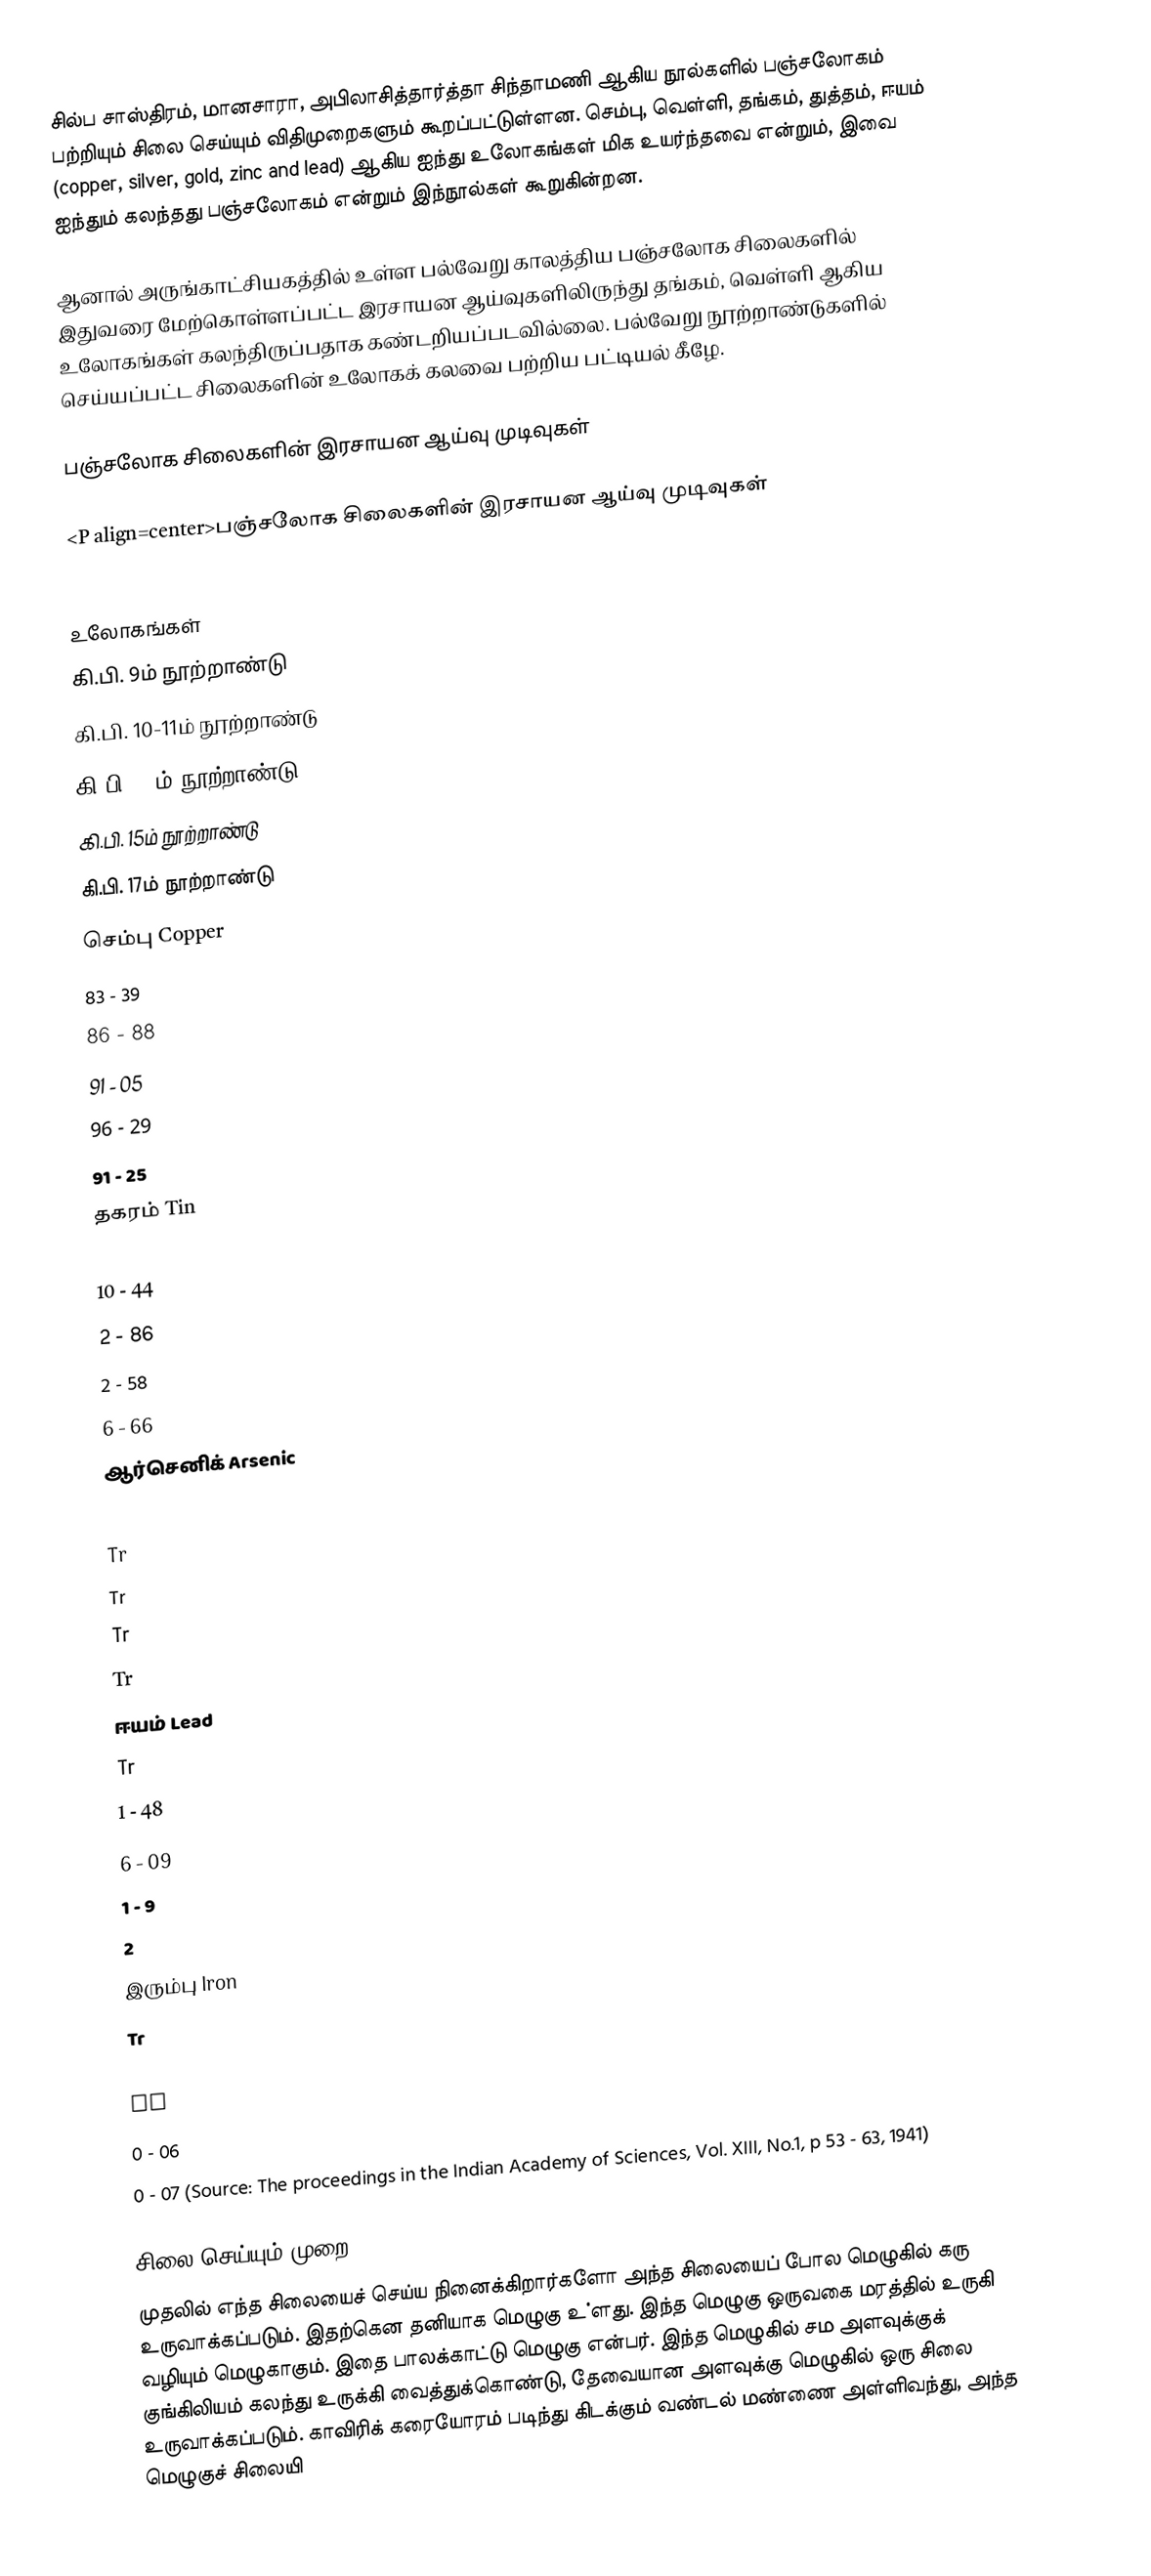
சில்ப சாஸ்திரம், மானசாரா, அபிலாசித்தார்த்தா சிந்தாமணி ஆகிய நூல்களில் பஞ்சலோகம் பற்றியும் சிலை செய்யும் விதிமுறைகளும் கூறப்பட்டுள்ளன. செம்பு, வெள்ளி, தங்கம், துத்தம், ஈயம் (copper, silver, gold, zinc and lead) ஆகிய ஐந்து உலோகங்கள் மிக உயர்ந்தவை என்றும், இவை ஐந்தும் கலந்தது பஞ்சலோகம் என்றும் இந்நூல்கள் கூறுகின்றன.

ஆனால் அருங்காட்சியகத்தில் உள்ள பல்வேறு காலத்திய பஞ்சலோக சிலைகளில் இதுவரை மேற்கொள்ளப்பட்ட இரசாயன ஆய்வுகளிலிருந்து தங்கம், வெள்ளி ஆகிய உலோகங்கள் கலந்திருப்பதாக கண்டறியப்படவில்லை. பல்வேறு நூற்றாண்டுகளில் செய்யப்பட்ட சிலைகளின் உலோகக் கலவை பற்றிய பட்டியல் கீழே.

பஞ்சலோக சிலைகளின் இரசாயன ஆய்வு முடிவுகள்

<P align=center>பஞ்சலோக சிலைகளின் இரசாயன ஆய்வு முடிவுகள்

                  உலோகங்கள்
          கி.பி. 9ம் நூற்றாண்டு
          கி.பி. 10-11ம் நூற்றாண்டு
          கி.பி. 13ம் நூற்றாண்டு
          கி.பி. 15ம் நூற்றாண்டு
          கி.பி. 17ம் நூற்றாண்டு
                  செம்பு Copper
          83 - 39
          86 - 88
          91 - 05
          96 - 29
          91 - 25
                  தகரம் Tin
          16 - 61
          10 - 44
          2 - 86
          2 - 58
          6 - 66
                  ஆர்செனிக் Arsenic
          Tr
          Tr
          Tr
          Tr
          Tr
                  ஈயம் Lead
          Tr
          1 - 48
          6 - 09
          1 - 9
          2
                  இரும்பு Iron
          Tr
          1 - 19
          Tr
          0 - 06
          0 - 07 (Source: The proceedings in the Indian Academy of Sciences, Vol. XIII, No.1, p 53 - 63, 1941)

சிலை செய்யும் முறை
முதலில் எந்த சிலையைச் செய்ய நினைக்கிறார்களோ அந்த சிலையைப் போல மெழுகில் கரு உருவாக்கப்படும். இதற்கென தனியாக மெழுகு உ்ளது. இந்த மெழுகு ஒருவகை மரத்தில் உருகி வழியும் மெழுகாகும். இதை பாலக்காட்டு மெழுகு என்பர். இந்த மெழுகில் சம அளவுக்குக் குங்கிலியம் கலந்து உருக்கி வைத்துக்கொண்டு, தேவையான அளவுக்கு மெழுகில் ஒரு சிலை உருவாக்கப்படும். காவிரிக் கரையோரம் படிந்து கிடக்கும் வண்டல் மண்ணை அள்ளிவந்து, அந்த மெழுகுச் சிலையி